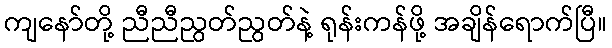
ကျနော်တို့ ညီညီညွတ်ညွတ်နဲ့ ရုန်းကန်ဖို့ အချိန်ရောက်ပြီ။